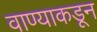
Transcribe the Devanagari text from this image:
वाण्याकडून